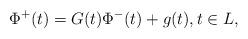
LaTeX: \begin{align*} \Phi^+(t)=G(t)\Phi^-(t)+g(t), t \in L,\end{align*}